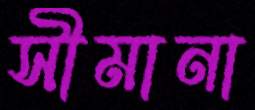
সীমানা